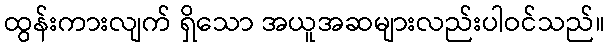
ထွန်းကားလျက် ရှိသော အယူအဆများလည်းပါဝင်သည်။